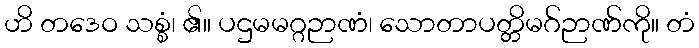
ဟိ တဒေဝ သစ္စံ၊ ၏။ ပဌမမဂ္ဂဉာဏံ၊ သောတာပတ္တိမဂ်ဉာဏ်ကို။ တံ